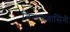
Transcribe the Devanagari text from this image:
विन्धयवासिनी